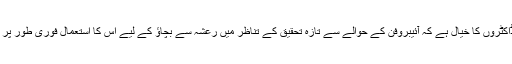
دماغی امراض کے کئی ڈاکٹروں کا خیال ہے کہ آئیبروفن کے حوالے سے تازہ تحقیق کے تناظر میں رعشہ سے بچاؤ کے لیے اس کا استعمال فوری طور پر کرنا دانشمندی نہیں ہو گا۔